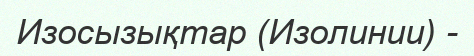
Изосызықтар (Изолинии) -